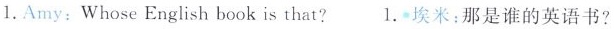
1.Amy:Whose English book is that?1.埃米:那是谁的英语书?